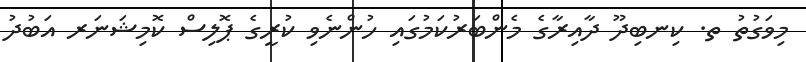
މިވަގުތު ތ. ކިނބިދޫ ދާއިރާގެ މެންބަރުކަމުގައި ހުންނެވި ކުރީގެ ޕޮލިސް ކޮމިޝަނަރ އަބުދު